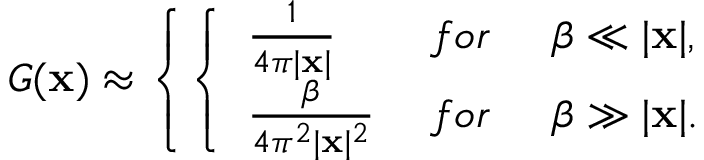
{ \cal G } ( { \bf x } ) \approx \left\{ \left\{ \begin{array} { l l } { { { \frac { 1 } { 4 \pi \vert { \bf x } \vert } } \; } } & { { f o r \; \; \; \; \; \beta \ll \vert { \bf x } \vert , } } \\ { { { \frac { \beta } { 4 \pi ^ { 2 } \vert { \bf x } \vert ^ { 2 } } } \; } } & { { f o r \; \; \; \; \; \beta \gg \vert { \bf x } \vert . } } \end{array} \right. \right.